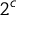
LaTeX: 2 ^ { \mathfrak { c } }